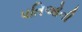
પતિઓની